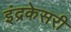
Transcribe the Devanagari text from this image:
इंद्रकेसरी